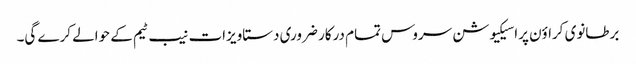
برطانوی کراؤن پراسیکیوشن سروس تمام درکار ضروری دستاویزات نیب ٹیم کے حوالے کرے گی۔